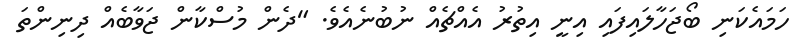
ހަމައެކަނި ބޯޖަހާލައިފައި އިނީ އިތުރު އެއްޗެއް ނުބުނެއެވެ. "ދެން މުސްކާން ޖަވާބެއް ދިނިންތަ